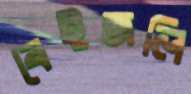
বেইজলি